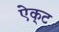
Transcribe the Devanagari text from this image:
ऐक्‌ट